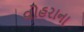
વોહરાના